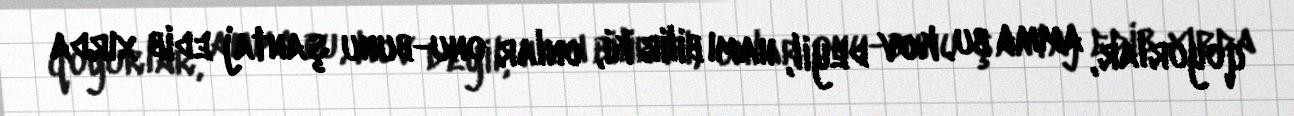
qoyurlar, amma bu, kov deyil, hamı bilir ki, onlar onu-bunu şantaj edib xırda